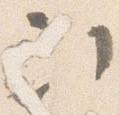
次